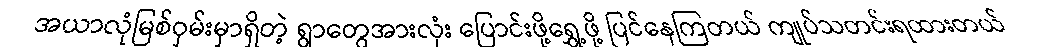
အယာလုံမြစ်ဝှမ်းမှာရှိတဲ့ ရွာတွေအားလုံး ပြောင်းဖို့ရွှေ့ဖို့ ပြင်နေကြတယ် ကျုပ်သတင်းရထားတယ်